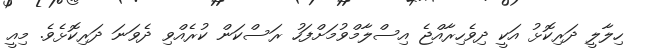
ހިލާލީ ދަރިކޮޅު އަކީ ދިވެހިރާއްޖެ އިސްލާމްވުމަށްފަހު ރަސްކަން ކުރެއްވި ދެވަނަ ދަރިކޮޅެވެ. މިއީ